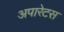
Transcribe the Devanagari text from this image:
अपारेटस